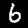
Digit: 6